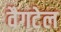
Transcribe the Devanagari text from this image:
वैगटेल